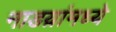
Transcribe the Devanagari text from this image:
नाडय़ांमध्ये